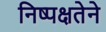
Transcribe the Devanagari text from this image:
निष्पक्षतेने